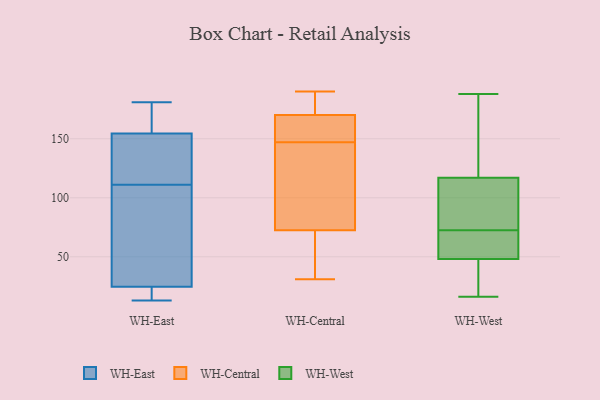
{"axis": {"x": "Net Income (USD K)", "y": "Value"}, "legend": ["WH-Central", "WH-East", "WH-West"], "data": [{"x": "", "y": 135, "type": "WH-East"}, {"x": "", "y": 181, "type": "WH-East"}, {"x": "", "y": 26, "type": "WH-East"}, {"x": "", "y": 181, "type": "WH-East"}, {"x": "", "y": 23, "type": "WH-East"}, {"x": "", "y": 146, "type": "WH-East"}, {"x": "", "y": 13, "type": "WH-East"}, {"x": "", "y": 18, "type": "WH-East"}, {"x": "", "y": 112, "type": "WH-East"}, {"x": "", "y": 110, "type": "WH-East"}, {"x": "", "y": 47, "type": "WH-East"}, {"x": "", "y": 163, "type": "WH-East"}, {"x": "", "y": 31, "type": "WH-Central"}, {"x": "", "y": 147, "type": "WH-Central"}, {"x": "", "y": 70, "type": "WH-Central"}, {"x": "", "y": 80, "type": "WH-Central"}, {"x": "", "y": 57, "type": "WH-Central"}, {"x": "", "y": 171, "type": "WH-Central"}, {"x": "", "y": 168, "type": "WH-Central"}, {"x": "", "y": 190, "type": "WH-Central"}, {"x": "", "y": 154, "type": "WH-Central"}, {"x": "", "y": 175, "type": "WH-Central"}, {"x": "", "y": 136, "type": "WH-Central"}, {"x": "", "y": 79, "type": "WH-West"}, {"x": "", "y": 188, "type": "WH-West"}, {"x": "", "y": 74, "type": "WH-West"}, {"x": "", "y": 169, "type": "WH-West"}, {"x": "", "y": 117, "type": "WH-West"}, {"x": "", "y": 24, "type": "WH-West"}, {"x": "", "y": 16, "type": "WH-West"}, {"x": "", "y": 71, "type": "WH-West"}, {"x": "", "y": 48, "type": "WH-West"}, {"x": "", "y": 54, "type": "WH-West"}]}